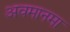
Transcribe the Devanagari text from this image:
अवमानमा